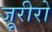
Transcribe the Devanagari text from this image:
जूरीरो